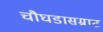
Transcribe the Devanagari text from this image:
चौघडासम्राट